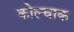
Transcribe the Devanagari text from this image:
कोल्चाक